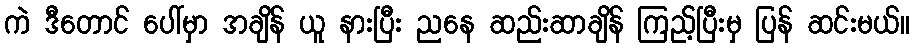
ကဲ ဒီတောင် ပေါ်မှာ အချိန် ယူ နားပြီး ညနေ ဆည်းဆာချိန် ကြည့်ပြီးမှ ပြန် ဆင်းမယ်။